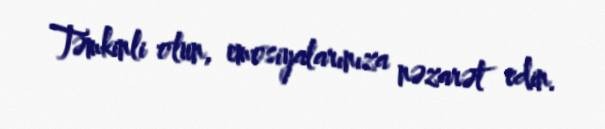
Təmkinli olun, emosiyalarınıza nəzarət edin.